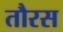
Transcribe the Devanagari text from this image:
तौरस